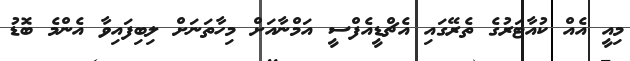
މިއީ އެއް ކުއާޓަރުގެ ތެރޭގައި އެޗްޑީއެފްސީ އަމްނާއަށް މިހާތަނަށް ލިބިފައިވާ އެންމެ ބޮޑު